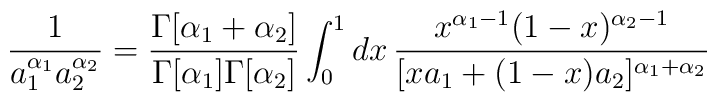
\frac{1}{a_{1}^{\alpha_1} a_{2}^{\alpha_2}}= \frac{\Gamma[\alpha_1+\alpha_2]}{\Gamma[\alpha_1]\Gamma[\alpha_2]} \int_{0}^{1} d x \,\frac {x^{\alpha_1-1} (1-x)^{\alpha_2-1}}{[x a_1 + (1-x) a_2]^{ \alpha_1+\alpha_2}}